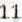
11